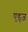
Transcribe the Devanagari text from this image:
एड्ज़